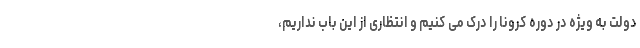
دولت به ویژه در دوره کرونا را درک می کنیم و انتظاری از این باب نداریم،